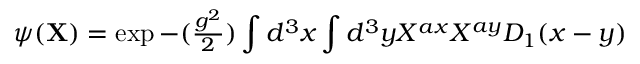
\psi ( { \bf X } ) = \exp { - ( { \textstyle { \frac { g ^ { 2 } } { 2 } } } ) \int d ^ { 3 } x \int d ^ { 3 } y X ^ { a x } X ^ { a y } D _ { 1 } ( x - y ) }